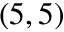
( 5 , 5 )